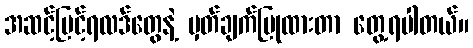
အဆင့်မြင့်ရလဒ်တွေနဲ့ မှတ်ချက်ပြုထားတာ တွေ့ရပါတယ်။